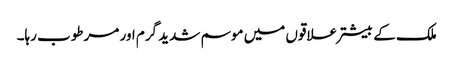
ملک کے بیشتر علاقوں میں موسم شدید گرم اور مرطوب رہا۔